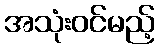
အသုံးဝင်မည့်